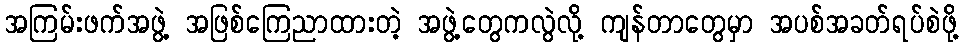
အကြမ်းဖက်အဖွဲ့ အဖြစ်ကြေညာထားတဲ့ အဖွဲ့တွေကလွဲလို့ ကျန်တာတွေမှာ အပစ်အခတ်ရပ်စဲဖို့